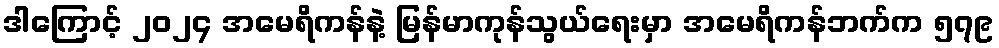
ဒါကြောင့် ၂၀၂၄ အမေရိကန်နဲ့ မြန်မာကုန်သွယ်ရေးမှာ အမေရိကန်ဘက်က ၅၇၉